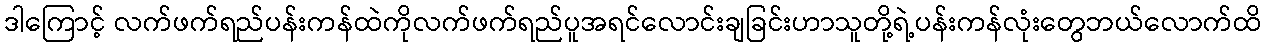
ဒါကြောင့် လက်ဖက်ရည်ပန်းကန်ထဲကိုလက်ဖက်ရည်ပူအရင်လောင်းချခြင်းဟာသူတို့ရဲ့ပန်းကန်လုံးတွေဘယ်လောက်ထိ